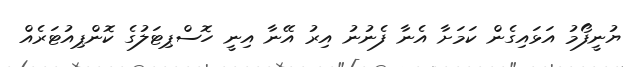
ޔުނީފޯމު އަޅައިގެން ކަމަށާ އެނާ ފެނުނު އިރު އޭނާ އިނީ ހޮސްޕިޓަލުގެ ކޮންޕިއުޓަރެއް